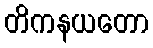
တိကနယတော